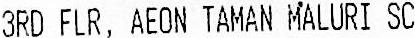
3RD FLR, AEON TAMAN MALURI SC